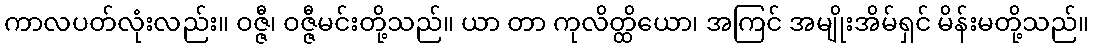
ကာလပတ်လုံးလည်း။ ဝဇ္ဇီ၊ ဝဇ္ဇီမင်းတို့သည်။ ယာ တာ ကုလိတ္ထိယော၊ အကြင် အမျိုးအိမ်ရှင် မိန်းမတို့သည်။